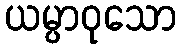
ယမ္ပာဝုသော